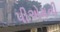
પીએમની